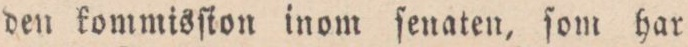
den kommisſion inom ſenaten, ſom har